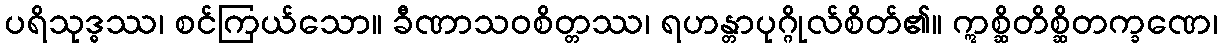
ပရိသုဒ္ဓဿ၊ စင်ကြယ်သော။ ခီဏာသဝစိတ္တဿ၊ ရဟန္တာပုဂ္ဂိုလ်စိတ်၏။ ဣစ္ဆိတိစ္ဆိတက္ခဏေ၊